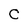
Character: C